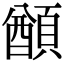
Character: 𩔕